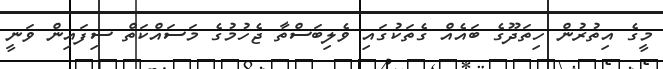
މީގެ އިތުރުން ހިތަދޫގެ ބައެއް ގެތަކުގައި ވެލިބަސްތާ ޖެހުމުގެ މަސައްކަތް ސިފައިން ވަނީ